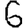
Digit: 6